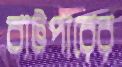
বাটপারের